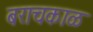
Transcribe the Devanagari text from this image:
बराचकाळ